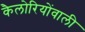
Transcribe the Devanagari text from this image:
कैलोरियोंवाली